Rangoon Lunatic Asylum 1878-1892 - 1878-1892
Year: 1878
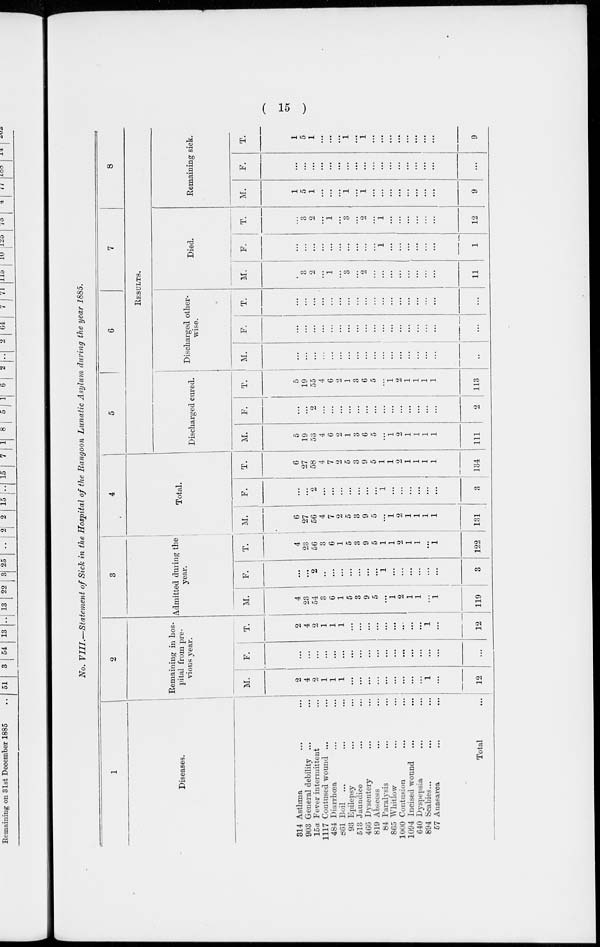
( 15 )
No. VIII.—Statement of Sick in the Hospital of the Rangoon Lunatic Asylum during the year 1885.
1
Diseases.
314
903
15a
1117
484
661
93
513
466
819
84
865
1000
1094
640
894
57
Asthma ... ...
General debility ... ...
Fever intermittent ...
Contused wound ... ...
Diarrhœa ... ...
Boil ... ... ...
Epilepsy ... ...
Jaundice ... ...
Dysentery ... ...
Abscess ... ...
Paralysis ... ...
Whitlow ... ...
Contusion ... ...
Incised wound ... ...
Dyspepsia ... ...
Scabies... ... ...
Anasarca ... ...
Total ...
2
Remaining in hos-
pital from pre-
vious year.
M.
2
4
2
1
1
1
...
...
...
...
...
...
...
...
...
1
...
12
F.
...
...
...
...
...
...
...
...
...
...
...
...
...
...
...
...
...
...
T.
2
4
2
1
1
1
...
...
...
...
...
...
...
...
...
1
...
12
3
Admitted during the
year.
M.
4
23
54
3
6
1
5
3
9
5
...
1
2
1
1
...
1
119
F.
...
...
2
..
...
...
...
...
...
...
1
...
...
...
...
...
...
3
T.
4
23
56
3
6
1
5
3
9
5
1
1
2
1
1
...
1
122
4
Total.
M.
6
27
56
4
7
2
5
3
9
5
...
1
2
1
1
1
1
131
F.
...
...
2
...
...
...
...
...
...
...
1
...
...
...
...
...
...
3
T.
6
27
58
4
7
2
5
3
9
5
1
1
2
1
1
1
1
134
5
6
7
8
RESULTS.
Discharged cured.
M.
5
19
53
4
6
2
1
3
6
5
...
1
2
1
1
1
1
111
F.
...
...
2
...
...
...
...
...
...
...
...
...
...
...
...
...
...
2
T.
5
19
55
4
6
2
1
3
6
5
...
1
2
1
1
1
1
113
Discharged other-
wise.
M.
...
...
...
...
...
...
...
...
...
...
...
...
...
...
...
...
...
...
F.
...
...
...
...
...
...
...
...
...
...
...
...
...
...
...
...
...
...
T.
...
...
...
...
...
...
...
...
...
...
...
...
...
...
...
...
...
...
Died.
M.
...
3
2
...
1
...
3
...
2
...
...
...
...
...
...
...
...
11
F.
...
...
...
...
...
...
...
...
...
...
1
...
...
...
...
...
...
1
T.
...
3
2
...
1
...
3
...
2
...
1
...
...
...
...
...
...
12
Remaining sick.
M.
1
5
1
...
...
...
1
...
1
...
...
...
...
...
...
...
...
9
F.
...
...
...
...
...
...
...
...
...
...
...
...
...
...
...
...
...
...
T.
1
5
1
...
...
...
1
...
1
...
...
...
...
...
...
...
...
9